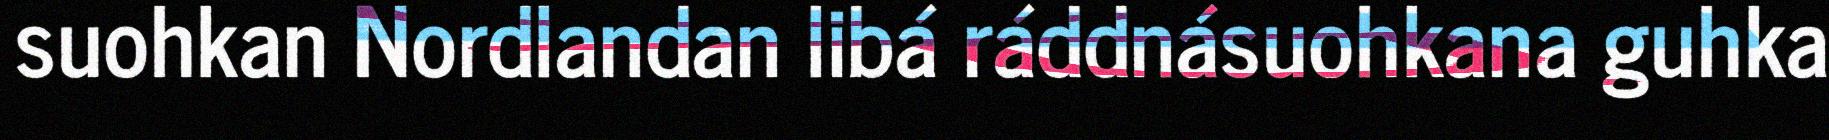
suohkan Nordlandan libá ráddnásuohkana guhka